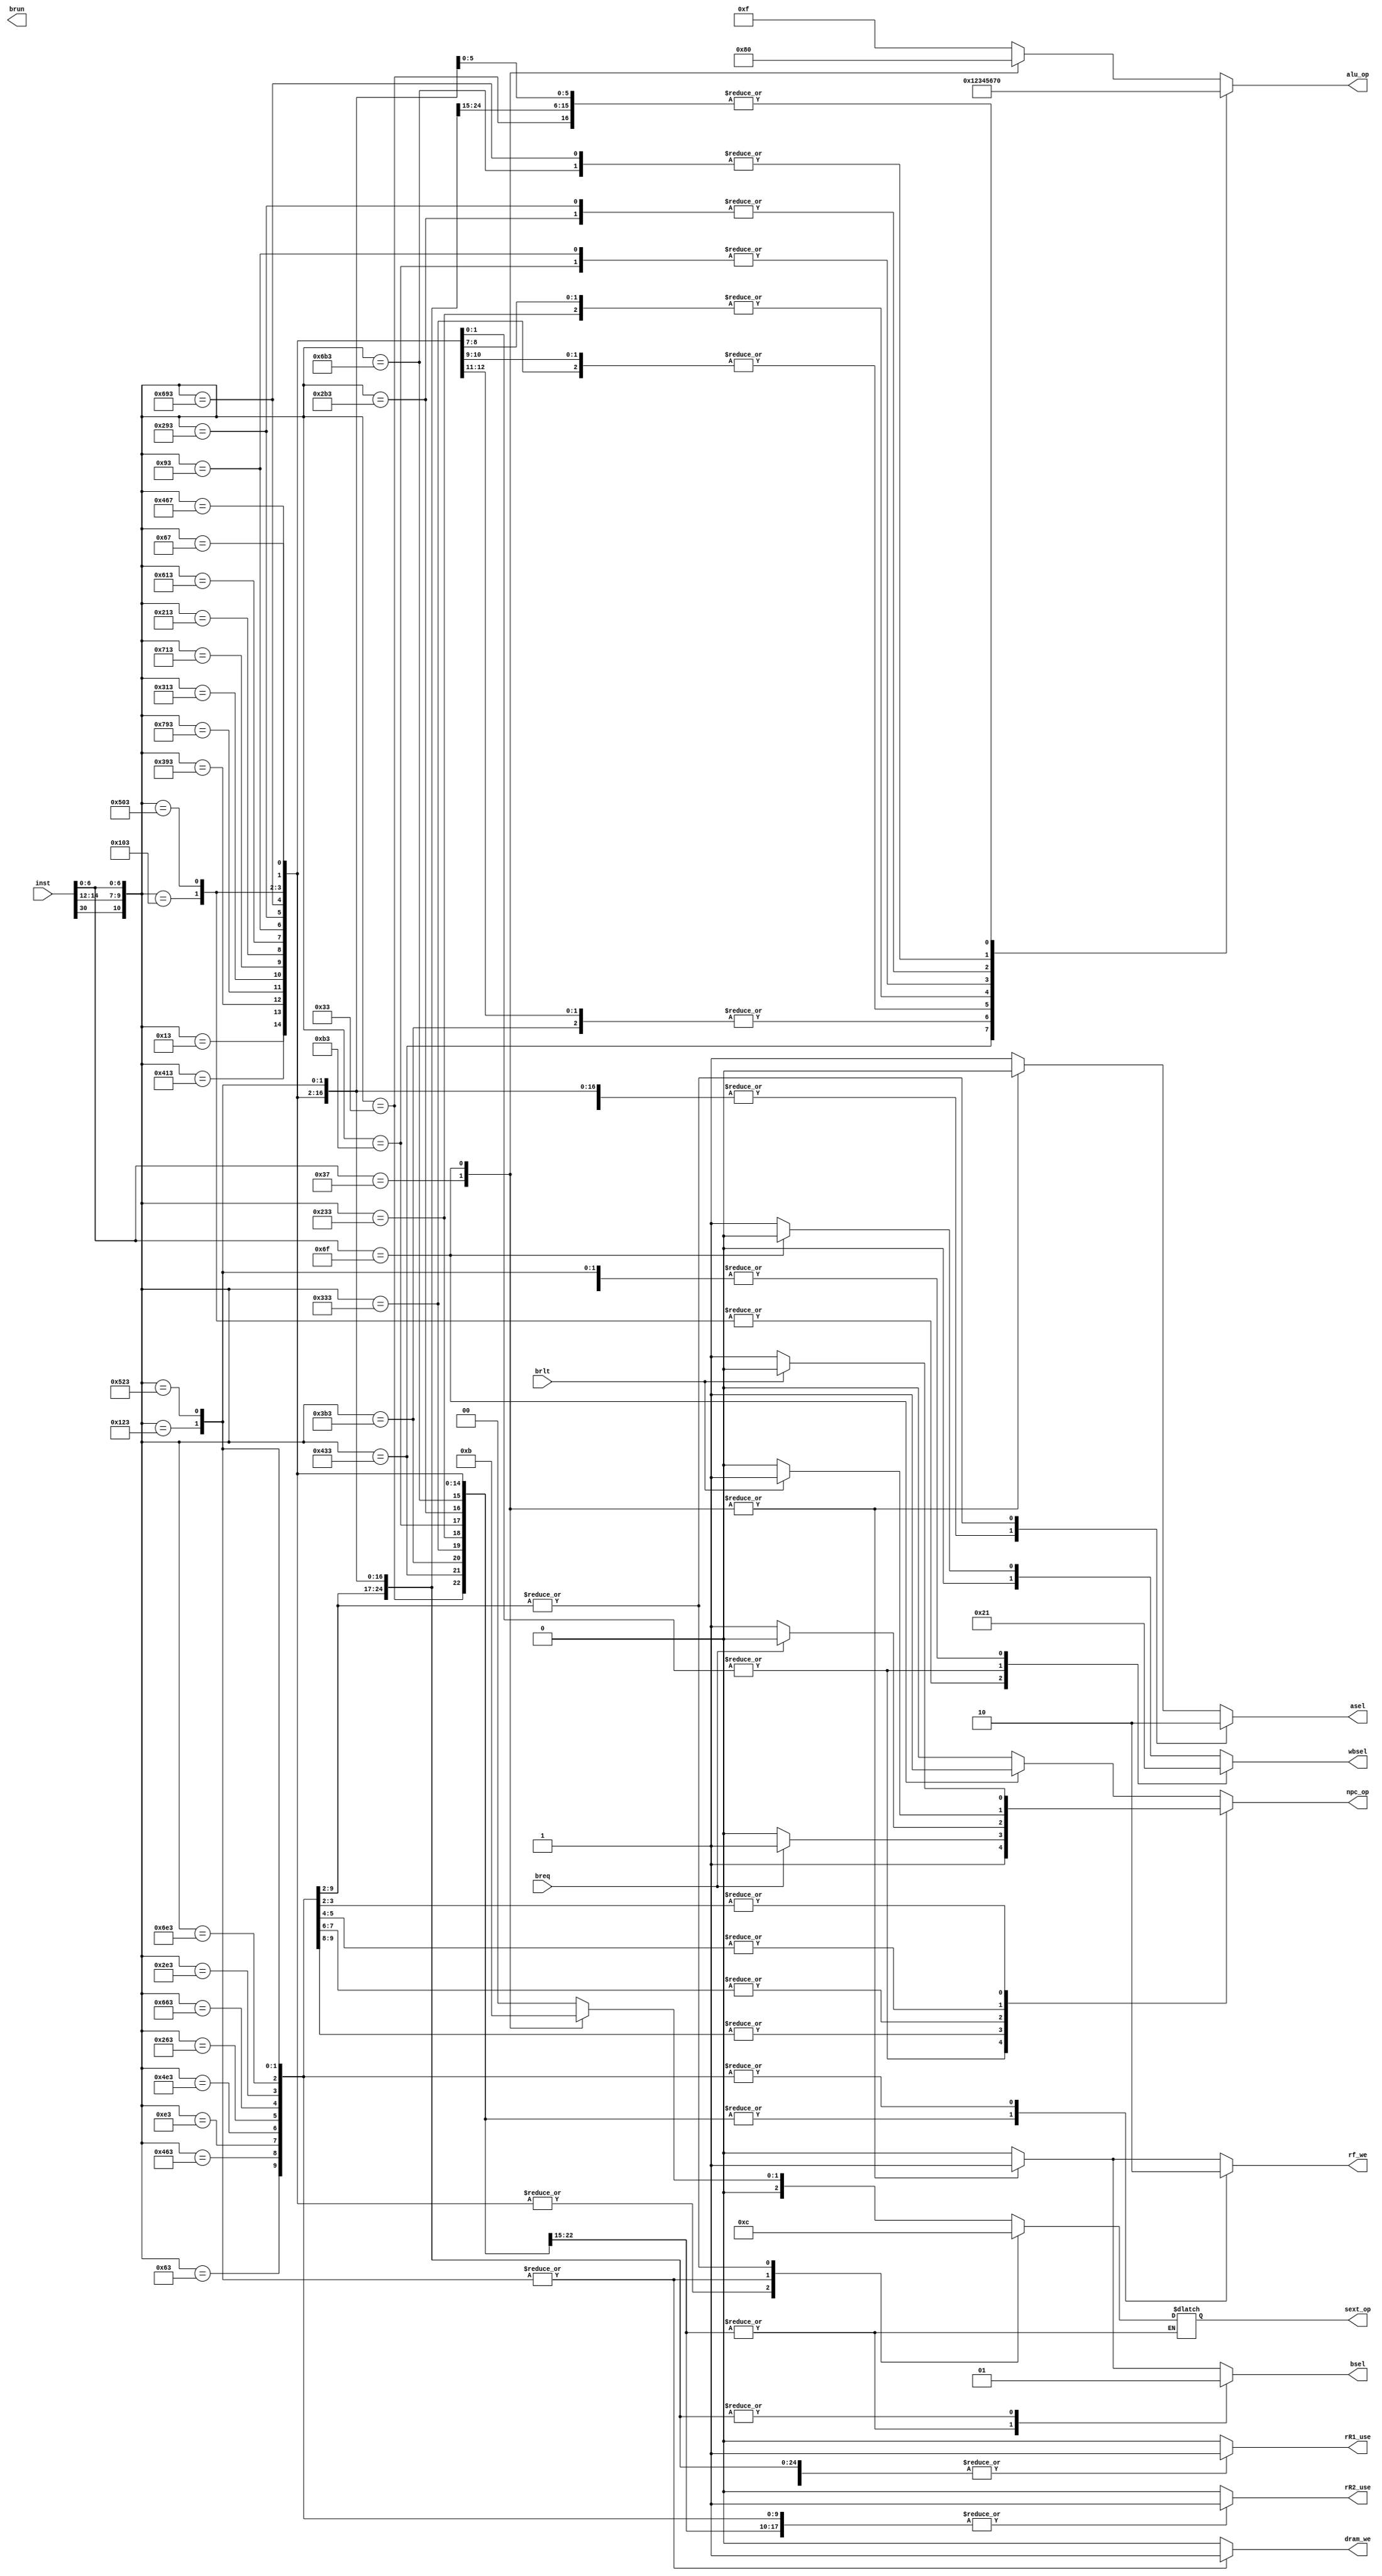
module Control(
    input [31:0]inst,
    input breq,
    input brlt,
    output npc_op,
    output rf_we,
    output brun,
    output asel,
    output bsel,
    output [1:0]wbsel,
    output dram_we,
    output [3:0]alu_op,
    output [2:0]sext_op,

    output reg rR1_use,
    output reg rR2_use
);

wire [10:0] op;
reg npc_op_reg;
reg rf_we_reg;
reg asel_reg;
reg bsel_reg;
reg [1:0]wbsel_reg;
reg dram_we_reg;
reg [3:0]alu_op_reg;
reg [2:0]sext_op_reg;

assign npc_op=npc_op_reg;
assign rf_we=rf_we_reg;
assign asel=asel_reg;
assign bsel=bsel_reg;
assign wbsel=wbsel_reg;
assign dram_we=dram_we_reg;
assign alu_op=alu_op_reg;
assign sext_op=sext_op_reg;

assign op = {inst[30],inst[14:12],inst[6:0]};

//branch\npc_op
always@(*)
begin
    case (op)
        //jalr
        11'b00001100111:
        begin
            npc_op_reg=1;
        end
        11'b10001100111:
        begin
            npc_op_reg=1;
        end
        //beq
        11'b00001100011:
        begin
            if (breq==1) 
            begin
                npc_op_reg=1;    
            end
            else
            begin
                npc_op_reg=0;
            end
        end
        11'b10001100011:
        begin
            if (breq==1) 
            begin
                npc_op_reg=1;    
            end
            else
            begin
                npc_op_reg=0;
            end
        end
        //bne
        11'b00011100011:
        begin
            if (breq==1) 
            begin
                npc_op_reg=0;    
            end
            else
            begin
                npc_op_reg=1;
            end
        end
        11'b10011100011:
        begin
            if (breq==1) 
            begin
                npc_op_reg=0;    
            end
            else
            begin
                npc_op_reg=1;
            end
        end
        //blt
        11'b01001100011:
        begin
            if (brlt==1) 
            begin
                npc_op_reg=1;    
            end
            else
            begin
                npc_op_reg=0;
            end
        end
        11'b11001100011:
        begin
            if (brlt==1) 
            begin
                npc_op_reg=1;    
            end
            else
            begin
                npc_op_reg=0;
            end
        end
        //bge-add
        11'b01011100011:
        begin
            if (brlt==1) 
            begin
                npc_op_reg=0;    
            end
            else
            begin
                npc_op_reg=1;
            end
        end
        11'b11011100011:
        begin
            if (brlt==1) 
            begin
                npc_op_reg=0;    
            end
            else
            begin
                npc_op_reg=1;
            end
        end
        default:
        begin
            case (op[6:0])
                //jal
                7'b1101111: 
                begin
                    npc_op_reg=1;
                end
                default: npc_op_reg=0;
            endcase
        end
    endcase
end

//alu_op\sext_op\rf_we\asel\bsel\dram_we\wbsel
//rR1_use\rR2_use
always@(*)
begin
    case(op)
        //add-add
        11'b00000110011:
        begin
            alu_op_reg=0;
            rf_we_reg=1;
            asel_reg=1;
            bsel_reg=0;
            dram_we_reg=0;
            wbsel_reg=1;
            rR1_use=1;
            rR2_use=1;
        end
        //sub-sub
        11'b10000110011:
        begin
            alu_op_reg=1;
            rf_we_reg=1;
            asel_reg=1;
            bsel_reg=0;
            dram_we_reg=0;
            wbsel_reg=1;
            rR1_use=1;
            rR2_use=1;
        end
        //and-and
        11'b01110110011:
        begin
            alu_op_reg=2;
            rf_we_reg=1;
            asel_reg=1;
            bsel_reg=0;
            dram_we_reg=0;
            wbsel_reg=1;
            rR1_use=1;
            rR2_use=1;
        end
        //or-or
        11'b01100110011:
        begin
            alu_op_reg=3;
            rf_we_reg=1;
            asel_reg=1;
            bsel_reg=0;
            dram_we_reg=0;
            wbsel_reg=1;
            rR1_use=1;
            rR2_use=1;
        end
        //xor-xor
        11'b01000110011:
        begin
            alu_op_reg=4;
            rf_we_reg=1;
            asel_reg=1;
            bsel_reg=0;
            dram_we_reg=0;
            wbsel_reg=1;
            rR1_use=1;
            rR2_use=1;
        end
        //sll-sll
        11'b00010110011:
        begin
            alu_op_reg=5;
            rf_we_reg=1;
            asel_reg=1;
            bsel_reg=0;
            dram_we_reg=0;
            wbsel_reg=1;
            rR1_use=1;
            rR2_use=1;
        end
        //srl-srl
        11'b01010110011:
        begin
            alu_op_reg=6;
            rf_we_reg=1;
            asel_reg=1;
            bsel_reg=0;
            dram_we_reg=0;
            wbsel_reg=1;
            rR1_use=1;
            rR2_use=1;
        end
        //sra-sra
        11'b11010110011:
        begin
            alu_op_reg=7;
            rf_we_reg=1;
            asel_reg=1;
            bsel_reg=0;
            dram_we_reg=0;
            wbsel_reg=1;
            rR1_use=1;
            rR2_use=1;
        end
        //addi-add
        11'b00000010011:
        begin
            alu_op_reg=0;
            sext_op_reg=0;
            rf_we_reg=1;
            asel_reg=1;
            bsel_reg=1;
            dram_we_reg=0;
            wbsel_reg=1;
            rR1_use=1;
            rR2_use=0;
        end
        11'b10000010011:
        begin
            alu_op_reg=0;
            sext_op_reg=0;
            rf_we_reg=1;
            asel_reg=1;
            bsel_reg=1;
            dram_we_reg=0;
            wbsel_reg=1;
            rR1_use=1;
            rR2_use=0;
        end
        //andi-and
        11'b01110010011:
        begin
            alu_op_reg=2;
            sext_op_reg=0;
            rf_we_reg=1;
            asel_reg=1;
            bsel_reg=1;
            dram_we_reg=0;
            wbsel_reg=1;
            rR1_use=1;
            rR2_use=0;
        end
        11'b11110010011:
        begin
            alu_op_reg=2;
            sext_op_reg=0;
            rf_we_reg=1;
            asel_reg=1;
            bsel_reg=1;
            dram_we_reg=0;
            wbsel_reg=1;
            rR1_use=1;
            rR2_use=0;
        end
        //ori-or
        11'b01100010011:
        begin
            alu_op_reg=3;
            sext_op_reg=0;
            rf_we_reg=1;
            asel_reg=1;
            bsel_reg=1;
            dram_we_reg=0;
            wbsel_reg=1;
            rR1_use=1;
            rR2_use=0;
        end
        11'b11100010011:
        begin
            alu_op_reg=3;
            sext_op_reg=0;
            rf_we_reg=1;
            asel_reg=1;
            bsel_reg=1;
            dram_we_reg=0;
            wbsel_reg=1;
            rR1_use=1;
            rR2_use=0;
        end
        //xori-xor
        11'b01000010011:
        begin
            alu_op_reg=4;
            sext_op_reg=0;
            rf_we_reg=1;
            asel_reg=1;
            bsel_reg=1;
            dram_we_reg=0;
            wbsel_reg=1;
            rR1_use=1;
            rR2_use=0;
        end
        11'b11000010011:
        begin
            alu_op_reg=4;
            sext_op_reg=0;
            rf_we_reg=1;
            asel_reg=1;
            bsel_reg=1;
            dram_we_reg=0;
            wbsel_reg=1;
            rR1_use=1;
            rR2_use=0;
        end
        //slli-sll
        11'b00010010011:
        begin
            alu_op_reg=5;
            sext_op_reg=0;
            rf_we_reg=1;
            asel_reg=1;
            bsel_reg=1;
            dram_we_reg=0;
            wbsel_reg=1;
            rR1_use=1;
            rR2_use=0;
        end
        //srli-srl
        11'b01010010011:
        begin
            alu_op_reg=6;
            sext_op_reg=0;
            rf_we_reg=1;
            asel_reg=1;
            bsel_reg=1;
            dram_we_reg=0;
            wbsel_reg=1;
            rR1_use=1;
            rR2_use=0;
        end
        //srai-sra
        11'b11010010011:
        begin
            alu_op_reg=7;
            sext_op_reg=0;
            rf_we_reg=1;
            asel_reg=1;
            bsel_reg=1;
            dram_we_reg=0;
            wbsel_reg=1;
            rR1_use=1;
            rR2_use=0;
        end
        //lw-add
        11'b00100000011:
        begin
            alu_op_reg=0;
            sext_op_reg=0;
            rf_we_reg=1;
            asel_reg=1;
            bsel_reg=1;
            dram_we_reg=0;
            wbsel_reg=2;
            rR1_use=1;
            rR2_use=0;
        end
        11'b10100000011:
        begin
            alu_op_reg=0;
            sext_op_reg=0;
            rf_we_reg=1;
            asel_reg=1;
            bsel_reg=1;
            dram_we_reg=0;
            wbsel_reg=2;
            rR1_use=1;
            rR2_use=0;
        end
        //jalr-add
        11'b00001100111:
        begin
            alu_op_reg=0;
            sext_op_reg=0;
            rf_we_reg=1;
            asel_reg=1;
            bsel_reg=1;
            dram_we_reg=0;
            wbsel_reg=0;
            rR1_use=1;
            rR2_use=0;
        end
        11'b10001100111:
        begin
            alu_op_reg=0;
            sext_op_reg=0;
            rf_we_reg=1;
            asel_reg=1;
            bsel_reg=1;
            dram_we_reg=0;
            wbsel_reg=0;
            rR1_use=1;
            rR2_use=0;
        end
        //sw-add
        11'b00100100011:
        begin
            alu_op_reg=0;
            sext_op_reg=1;
            rf_we_reg=0;
            asel_reg=1;
            bsel_reg=1;
            dram_we_reg=1;
            wbsel_reg=1;
            rR1_use=1;
            rR2_use=1;
        end
        11'b10100100011:
        begin
            alu_op_reg=0;
            sext_op_reg=1;
            rf_we_reg=0;
            asel_reg=1;
            bsel_reg=1;
            dram_we_reg=1;
            wbsel_reg=1;
            rR1_use=1;
            rR2_use=1;
        end
        //beq-add
        11'b00001100011:
        begin
            alu_op_reg=0;
            sext_op_reg=4;
            rf_we_reg=0;
            asel_reg=0;
            bsel_reg=1;
            dram_we_reg=0;
            wbsel_reg=1;
            rR1_use=1;
            rR2_use=1;
        end
        11'b10001100011:
        begin
            alu_op_reg=0;
            sext_op_reg=4;
            rf_we_reg=0;
            asel_reg=0;
            bsel_reg=1;
            dram_we_reg=0;
            wbsel_reg=1;
            rR1_use=1;
            rR2_use=1;
        end
        //bne-add
        11'b00011100011:
        begin
            alu_op_reg=0;
            sext_op_reg=4;
            rf_we_reg=0;
            asel_reg=0;
            bsel_reg=1;
            dram_we_reg=0;
            wbsel_reg=1;
            rR1_use=1;
            rR2_use=1;
        end
        11'b10011100011:
        begin
            alu_op_reg=0;
            sext_op_reg=4;
            rf_we_reg=0;
            asel_reg=0;
            bsel_reg=1;
            dram_we_reg=0;
            wbsel_reg=1;
            rR1_use=1;
            rR2_use=1;
        end
        //blt-add
        11'b01001100011:
        begin
            alu_op_reg=0;
            sext_op_reg=4;
            rf_we_reg=0;
            asel_reg=0;
            bsel_reg=1;
            dram_we_reg=0;
            wbsel_reg=1;
            rR1_use=1;
            rR2_use=1;
        end
        11'b11001100011:
        begin
            alu_op_reg=0;
            sext_op_reg=4;
            rf_we_reg=0;
            asel_reg=0;
            bsel_reg=1;
            dram_we_reg=0;
            wbsel_reg=1;
            rR1_use=1;
            rR2_use=1;
        end
        //bge-add
        11'b01011100011:
        begin
            alu_op_reg=0;
            sext_op_reg=4;
            rf_we_reg=0;
            asel_reg=0;
            bsel_reg=1;
            dram_we_reg=0;
            wbsel_reg=1;
            rR1_use=1;
            rR2_use=1;
        end
        11'b11011100011:
        begin
            alu_op_reg=0;
            sext_op_reg=4;
            rf_we_reg=0;
            asel_reg=0;
            bsel_reg=1;
            dram_we_reg=0;
            wbsel_reg=1;
            rR1_use=1;
            rR2_use=1;
        end
        default:
        begin
            case (op[6:0])
                //lui-U
                7'b0110111: 
                begin
                    alu_op_reg=8;
                    sext_op_reg=2;
                    rf_we_reg=1;
                    asel_reg=0;
                    bsel_reg=1;
                    dram_we_reg=0;
                    wbsel_reg=1;
                    rR1_use=0;
                    rR2_use=0;
                end
                //jal-add
                7'b1101111: 
                begin
                    alu_op_reg=0;
                    sext_op_reg=3;
                    rf_we_reg=1;
                    asel_reg=0;
                    bsel_reg=1;
                    dram_we_reg=0;
                    wbsel_reg=0;
                    rR1_use=0;
                    rR2_use=0;
                end
                default:
                begin
                    alu_op_reg=15;
                    sext_op_reg=0;
                    rf_we_reg=0;
                    asel_reg=1;
                    bsel_reg=0;
                    dram_we_reg=0;
                    wbsel_reg=1;
                    rR1_use=0;
                    rR2_use=0;
                end
            endcase
        end
    endcase
end

endmodule